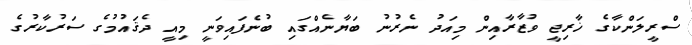
ސްރީލަންކާގެ ޚާރިޖީ ވުޒާރާއިން މިއަދު ނެރުނު ބަޔާނެއްގައި ބުނެފައިވަނީ މިއީ ދެޤައުމުގެ ސަރުކާރުގެ